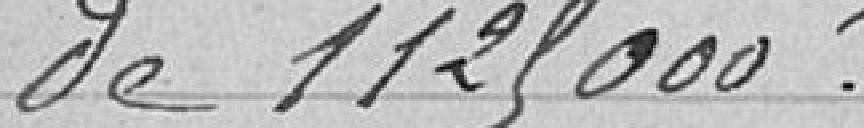
de 1 125 000 francs